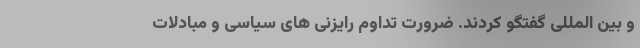
و بین المللی گفتگو کردند. ضرورت تداوم رایزنی های سیاسی و مبادلات